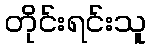
တိုင်းရင်းသူ